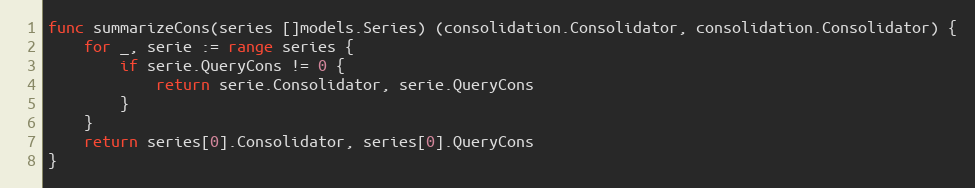
Language: Go
func summarizeCons(series []models.Series) (consolidation.Consolidator, consolidation.Consolidator) {
	for _, serie := range series {
		if serie.QueryCons != 0 {
			return serie.Consolidator, serie.QueryCons
		}
	}
	return series[0].Consolidator, series[0].QueryCons
}